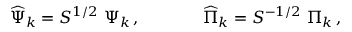
\widehat \Psi _ { k } = { S } ^ { 1 / 2 } \ \Psi _ { k } \, , ~ ~ ~ ~ ~ ~ ~ ~ ~ ~ ~ \widehat \Pi _ { k } = { S } ^ { - 1 / 2 } \ \Pi _ { k } \, ,